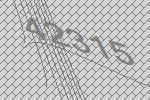
42315